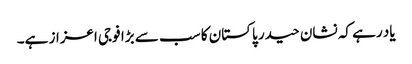
یاد رہے کہ نشان حیدر پاکستان کا سب سے بڑا فوجی اعزاز ہے۔